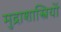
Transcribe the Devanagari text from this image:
मुद्राशास्त्रियों